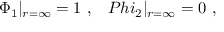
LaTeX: \Phi _ { 1 } | _ { r = \infty } = 1 \ , \ \ \, P h i _ { 2 } | _ { r = \infty } = 0 \ ,